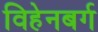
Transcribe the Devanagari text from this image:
विहेनबर्ग